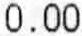
0.00